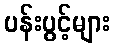
ပန်းပွင့်များ